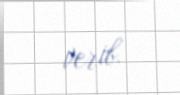
verib.